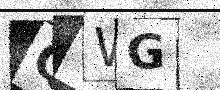
Text: QWWG